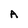
Character: A